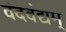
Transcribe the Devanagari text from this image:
वंदवंद्यम्